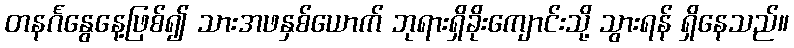
တနင်္ဂနွေနေ့ဖြစ်၍ သားအဖနှစ်ယောက် ဘုရားရှိခိုးကျောင်းသို့ သွားရန် ရှိနေသည်။